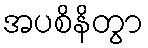
အပစိနိတွာ